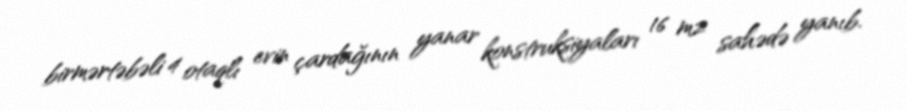
birmərtəbəli 4 otaqlı evin çardağının yanar konstruksiyaları 16 m2 sahədə yanıb.